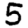
Digit: 5